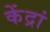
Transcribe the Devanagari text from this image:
केंद्रां